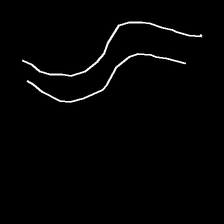
Glyph: float